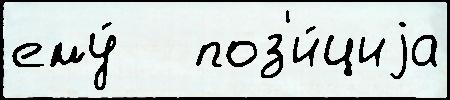
ему́   поз'и́циjа